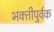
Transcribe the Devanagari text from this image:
भक्‍तीपुर्वक